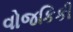
વોજકિકી